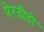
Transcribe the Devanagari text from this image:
पेरदीदो